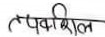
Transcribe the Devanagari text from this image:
पैफीशल